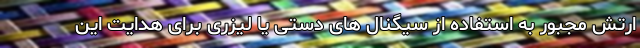
ارتش مجبور به استفاده از سیگنال های دستی یا لیزری برای هدایت این